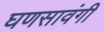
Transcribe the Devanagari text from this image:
घणसावंगी